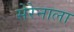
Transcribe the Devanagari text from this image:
सेरेनाला